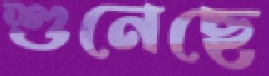
শুনেছে